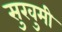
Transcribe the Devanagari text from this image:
सुखुमी